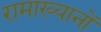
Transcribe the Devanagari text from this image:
रामाख्यानों